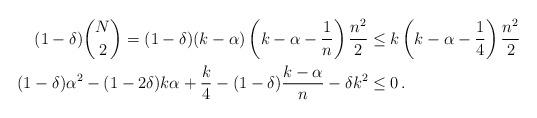
LaTeX: \begin{align*}(1-\delta)\binom{N}{2}=(1-\delta)(k-\alpha)\left(k-\alpha-\frac{1}{n}\right)\frac{n^2}{2} &\leq k \left(k-\alpha-\frac{1}{4}\right)\frac{n^2}{2}\\(1-\delta)\alpha^2-(1-2\delta)k\alpha+\frac{k}{4}-(1-\delta)\frac{k-\alpha}{n} -\delta k^2 &\leq 0\,.\end{align*}